Lunatic asylums Bombay report 1891-1903 - 1891-1903
Year: 1891
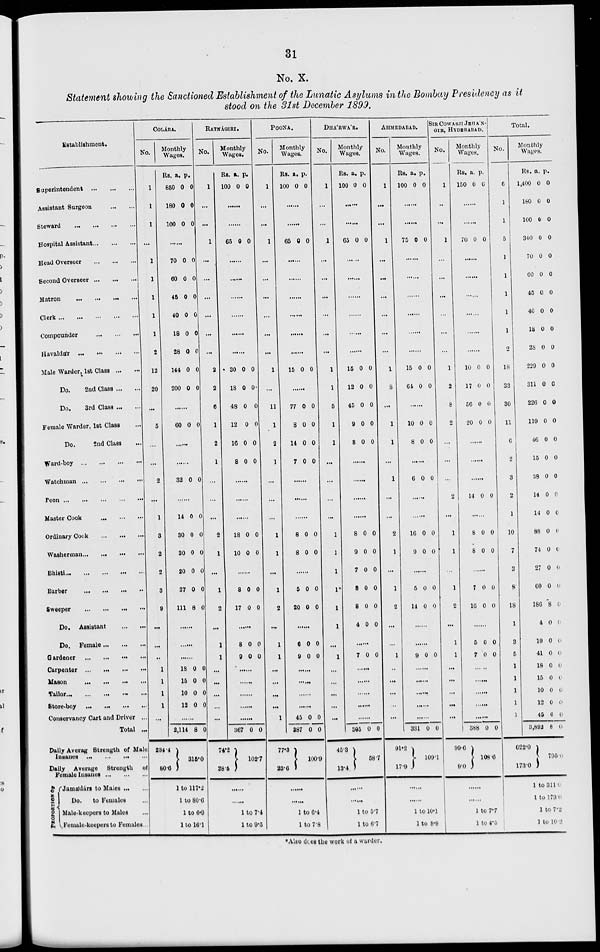
31
No. X.
Statement showing the Sanctioned Establishment of the Lunatic Asylums in the Bombay Presidency as it
stood on the 31st December 1899.
Establishment.
Superintendent
...
...
...
Assistant Surgeon
...
...
Steward
...
...
...
...
Hospital Assistant ... ... ...
Head Overseer
...
...
...
Second Overseer
...
...
...
Matron ... ... ... ...
Clerk
...
...
...
...
...
Compounder
...
...
...
Havaldár ... ... ... ...
Male Warder, 1st Class ... ...
Do.
2nd Class ... ...
Do.
3rd Class ... ...
Female Warder, 1st Class ...
Do.
2nd Class ...
Ward-boy
...
...
...
...
Watchman ... ... ... ...
Peon
...
...
...
...
...
Master Cook
...
...
...
Ordinary Cook
...
...
...
Washerman
...
...
...
...
Bhisti
...
...
...
...
...
Barber
...
...
...
...
Sweeper ... ... ... ...
Do. Assistant
...
...
Do. Female ... ... ...
Gardener
...
...
...
...
Carpenter ... ... ... ...
Mason
... ... ... ...
Tailor ... ... ... ... ...
Store-boy
...
...
...
...
Conservancy Cart and Driver ...
Total ...
Daily Averag Strength of Male
Insanes
...
...
...
...
Daily Average Strength of
Female Insanes
...
...
...
PROPORTION OF
Jamádárs to Males ... ...
Do.
to Females ...
Male-keepers to Males ...
Female-keepers to Females ...
COLÁBA.
No.
1
1
1
...
1
1
1
1
1
2
12
20
...
5
...
...
2
...
1
3
2
2
3
9
...
...
...
1
1
1
1
...
Monthly
Wages.
Rs.
850
180
100
a.
0
0
0
p.
0
0
0
......
70
60
45
40
18
28
144
200
0
0
0
0
0
0
0
0
0
0
0
0
0
0
0
0
......
60 0 0
RATNÁGIRI.
No.
1
...
...
1
...
...
...
...
...
...
2
2
6
1
2
......
32 0
0
......
14
30
30
20
27
111
0
0
0
0
0
8
0
0
0
0
0
0
......
......
......
18
15
10
12
0
0
0
0
0
0
0
0
......
2,114
234.4
80.6
8 0
315.0
1 to 117.2
1 to 80.6
1 to
6.9
1 to 16.1
1
...
...
...
2
1
...
1
2
...
1
1
...
...
...
...
......
Monthly
Wages.
Rs.
100
a.
0
p.
0
......
......
65 0 0
......
......
......
......
......
......
30
18
48
12
16
8
0
0
0
0
0
0
0
0
0
0
0
0
......
......
......
18
10
0
0
0
0
......
8
17
0
0
0
0
......
8
9
0
0
0
0
......
......
......
......
......
367
74.2
28.5
0 0
102.7
......
......
1 to 7.4
1 to 9.5
POONA.
No.
1
...
...
1
...
...
...
...
...
...
1
...
11
1
2
1
...
...
...
1
1
...
1
2
...
1
1
...
...
...
...
1
Monthly
Wages.
Rs.
100
a.
0
p.
0
......
......
65 0 0
......
......
......
......
......
......
15 0 0
......
77
8
14
7
0
0
0
0
0
0
0
0
......
......
......
8
8
0
0
0
0
......
5
20
0
0
0
0
......
6
9
0
0
0
0
......
......
......
......
45
387
77.3
233.6
0
0
0
0
100.9
......
......
1to 6.4
1to 7.8
DHA'RWA'R.
No.
1
...
...
1
...
...
...
...
...
...
1
1
5
1
1
...
...
...
...
1
1
1
1*
1
1
...
1
...
...
...
...
...
Monthly
Wages.
Rs.
100
a.
0
p.
0
......
......
65 0 0
......
......
......
......
......
15
12
45
9
8
0
0
0
0
0
0
0
0
0
0
......
......
......
......
8
9
7
8
8
4
0
0
0
0
0
0
0
0
0
0
0
0
7 0 0
......
......
......
......
305
45.8
13.4
0
0
58.7
......
......
1 to 5.7
1 to 6.7
AHMEDABAD.
No.
1
...
...
1
...
...
...
...
...
...
1
8
...
1
1
...
1
...
...
2
1
...
1
2
...
...
1
...
...
...
...
...
SIR COWASJI JEHA'N-
GIR, HYDERABAD.
Monthly
Wages.
Rs.
100
a.
0
p.
0
......
......
75 0 0
......
......
......
......
......
......
15
64
0
0
0
0
......
10
8
0
0
0
0
......
6 0 0
......
16
9
0
0
0
0
......
5
14
0
0
0
0
......
......
9 0 0
......
......
......
......
......
331
91.2
17.9
0 0
109.1
......
1 to 10.1
1 to 8.9
No.
1
...
...
1
...
...
...
...
...
...
1
2
8
2
...
...
...
2
...
1
1
...
1
2
...
1
1
...
...
...
...
...
Monthly
Wages.
Rs.
150
a.
0
p.
0
......
......
70 0 0
......
......
......
......
......
......
10
17
56
20
0
0
0
0
0
0
0
0
......
......
14 0 0
......
8
8
0
0
0
0
......
7
16
0
0
0
0
......
5
7
0
0
0
0
......
......
......
......
......
388
99.6
9.0
0 0
108.6
......
......
1 to 7.7
1 to 4.5
Total.
No.
6
1
1
5
1
1
1
1
1
2
18
33
30
11
6
2
3
2
1
10
7
3
8
18
1
3
5
1
1
1
1
1
Monthly
Wages.
Rs.
1,400
180
100
340
70
60
45
40
18
28
229
311
226
119
46
15
38
14
14
88
74
27
60
186
4
19
41
18
15
10
12
45
3,892
622.0
173.0
a.
0
0
0
0
0
0
0
0
0
0
0
0
0
0
0
0
0
0
0
0
0
0
0
*8
0
0
0
0
0
0
0
0
8
p.
0
0
0
0
0
0
0
0
0
0
0
0
0
0
0
0
0
0
0
0
0
0
0
0
0
0
0
0
0
0
0
0
0
795.0
1 to 311.0
1
to 173.0
1 to 7.2
1 to 10.2
*Also does the work of a warder.